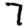
Digit: 7